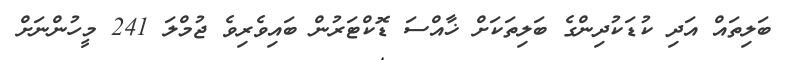
ބަލިތައް އަދި ކުޑަކުދިންގެ ބަލިތަކަށް ޚާއްސަ ޑޮކްޓަރުން ބައިވެރިވެ ޖުމްލަ 241 މީހުންނަށް